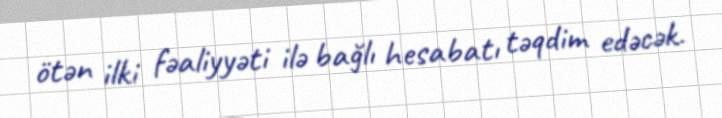
ötən ilki fəaliyyəti ilə bağlı hesabatı təqdim edəcək.